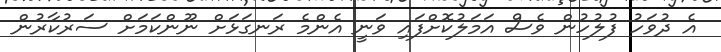
އެ ދުވަހު ފުލުހުން ވެސް އަމަލުކޮށްފައި ވަނީ އެންމެ ރަނގަޅަށް ނޫންކަމަށް ސަރުކާރުން